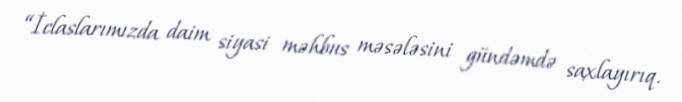
“İclaslarımızda daim siyasi məhbus məsələsini gündəmdə saxlayırıq.